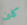
كلين